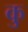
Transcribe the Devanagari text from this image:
कु़